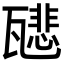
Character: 𤮑